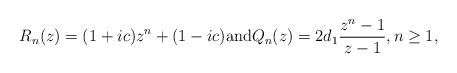
LaTeX: \begin{align*} R_n(z) = (1+ic)z^{n} + (1-ic) \mbox{and} Q_n(z) = 2d_1 \frac{z^{n} - 1}{z-1}, n \geq 1,\end{align*}